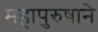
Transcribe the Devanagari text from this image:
महापुरुषाने